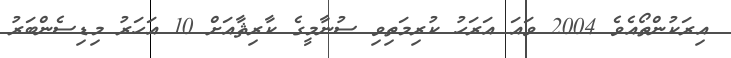
އިރަކުންތޯއެވެ 2004 ވައަ އަރަހު ކުރިމަތިވި ސުނާމީގެ ކާރިޘާއަށް 10 އަހަރު މިޑިސެންބަރު